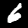
Label: 6